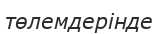
төлемдерінде